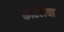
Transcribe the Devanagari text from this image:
कार्टेलचा